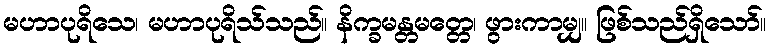
မဟာပုရိသေ၊ မဟာပုရိသ်သည်။ နိက္ခမန္တမတ္တေ၊ ဖွားကာမျှ။ ဖြစ်သည်ရှိသော်။